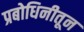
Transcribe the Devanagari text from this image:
प्रबोधिनीतून